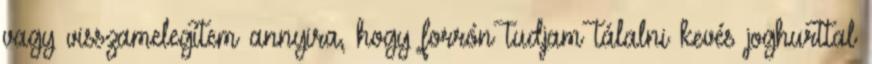
vagy visszamelegítem annyira, hogy forrón tudjam tálalni kevés joghurttal